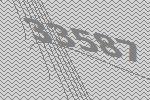
33587